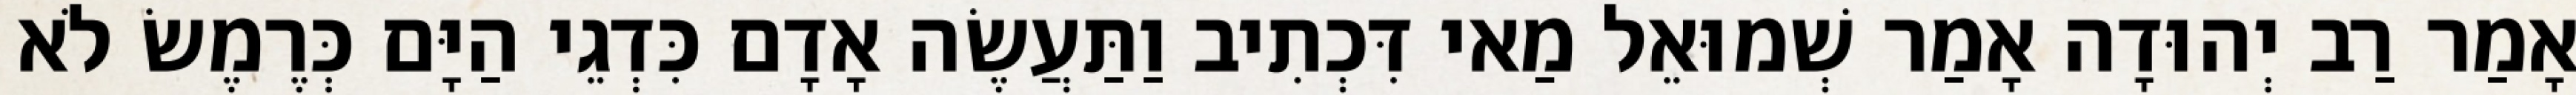
אָמַר רַב יְהוּדָה אָמַר שְׁמוּאֵל מַאי דִּכְתִיב וַתַּעֲשֶׂה אָדָם כִּדְגֵי הַיָּם כְּרֶמֶשׂ לֹא